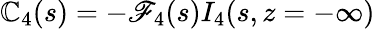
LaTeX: \mathbb{C}_{4}(s)=-\mathscr{{F}}_{4}(s)I_{4}(s,z=-\infty)